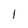
Character: 1